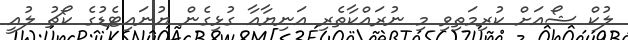
ލުކް ޝޯއަށް ކުރިމަތިވި މި ނުރައްކާތެރި އަނިޔާއާ ގުޅިގެން ޔުނައިޓެޑުގެ ކޯޗު ލުއީ